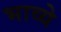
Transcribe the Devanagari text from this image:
भाव्ये